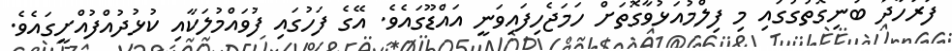
ފަރުހާދު ބުނިގޮތުގުގައި މި ފިލްމުއަޅުވާގޮތަށް ހަމަޖެހިފައިވަނީ އައްޑޫގައެވެ. އޭގެ ފަހުގައި ފުވައްމުލަކާއި ކުޅުދުއްފުއްށީގައެވެ.